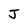
Character: J